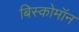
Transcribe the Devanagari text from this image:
बिस्कोमॉन